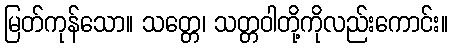
မြတ်ကုန်သော။ သတ္တေ၊ သတ္တဝါတို့ကိုလည်းကောင်း။